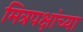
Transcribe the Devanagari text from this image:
मित्रपक्षांच्या